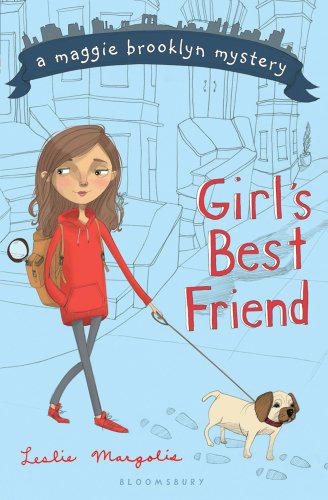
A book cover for Girl's Best Friend (A Maggie Brooklyn Mystery); Leslie Margolis; Children's Books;